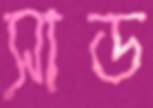
সাড